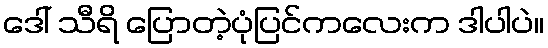
ဒေါ် သီရိ ပြောတဲ့ပုံပြင်ကလေးက ဒါပါပဲ။